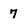
Character: 7